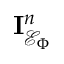
\mathbf { I } _ { \mathcal { E } _ { \Phi } } ^ { n }